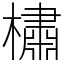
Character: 橚